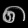
Digit: ၈